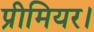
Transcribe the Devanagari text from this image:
प्रीमियर।